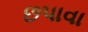
છપાવા